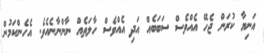
އަނިޔާ ކުރަން ޖެހޭ އެއްވެސް ސަބަބެއް އަދި އެއްވެސް ހާލަތެއް ނާންނާނެއެވެ. އެހެންކަމުން